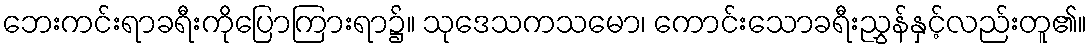
ဘေးကင်းရာခရီးကိုပြောကြားရာ၌။ သုဒေသကသမော၊ ကောင်းသောခရီးညွှန်နှင့်လည်းတူ၏။